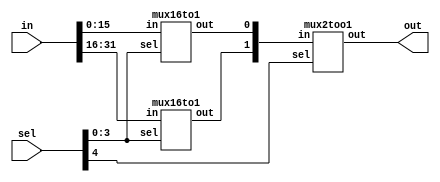
//`include "mux2too1.v"
//`include "mux16to1.v"

module mux32to1(out, in, sel);
	output	out;
	input [31:0] in;
	input [4:0] sel;
	wire [1:0] w;	

	mux16to1 mux0(w[0], in[15:0], sel[3:0]);
	mux16to1 mux1(w[1], in[31:16], sel[3:0]);
	mux2too1 mux2(out, w, sel[4]);
		

endmodule

module mux16to1(out, in, sel);
	output	out;
	input [15:0] in;
	input [3:0] sel;
	wire [1:0] w;	

	mux8to1 mux0(w[0], in[7:0], sel[2:0]);
	mux8to1 mux1(w[1], in[15:8], sel[2:0]);
	mux2too1 mux2(out, w, sel[3]);
		

endmodule

module mux8to1(out, in, sel);
	output	out;
	input [7:0] in;
	input [2:0] sel;
	wire [1:0] w;	

	mux4to1 mux0(w[0], in[3:0], sel[1:0]);
	mux4to1 mux1(w[1], in[7:4], sel[1:0]);
	mux2too1 mux2(out, w, sel[2]);	

		

endmodule

module mux4to1(out, in, sel);
	output	out;
	input [3:0] in;
	input [1:0] sel;
	wire [1:0] w;	

	mux2too1 mux0(w[0], in[1:0], sel[0]);
	mux2too1 mux1(w[1], in[3:2], sel[0]);
	mux2too1 mux2(out, w, sel[1]);
		

endmodule

module mux2too1 (out, in, sel);
	output out;
	input [1:0] in; 
	input sel;
	wire and1Out, and0Out;
	parameter delay = 50;
	
	not #delay not0(nsel, sel); //added not gate 11/7/2013 if code doesnt work check this!
	and #delay a0(and0Out, in[0], nsel);
	and #delay a1(and1Out, in[1], sel);
	
	or #delay or0(out, and0Out, and1Out);

endmodule